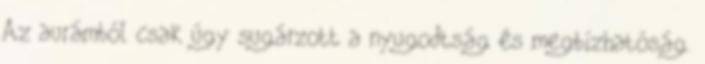
Az aurámból csak úgy sugárzott a nyugodtság és megbízhatóság.